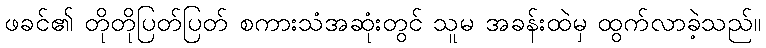
ဖခင်၏ တိုတိုပြတ်ပြတ် စကားသံအဆုံးတွင် သူမ အခန်းထဲမှ ထွက်လာခဲ့သည်။